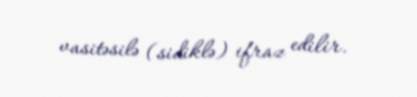
vasitəsilə (sidiklə) ifraz edilir.